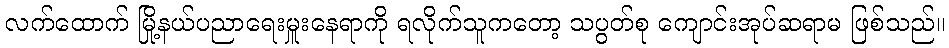
လက်ထောက် မြို့နယ်ပညာရေးမှူးနေရာကို ရလိုက်သူကတော့ သပွတ်စု ကျောင်းအုပ်ဆရာမ ဖြစ်သည်။